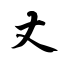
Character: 丈